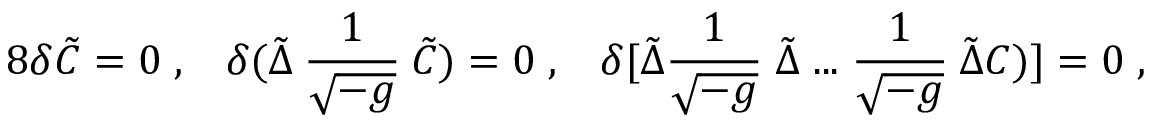
8 \delta \tilde { C } = 0 \; , \; \; \; \delta ( \tilde { \Delta } \: \frac { 1 } { \sqrt { - g } } \: \tilde { C } ) = 0 \; , \; \; \; \delta [ \tilde { \Delta } \frac { 1 } { \sqrt { - g } } \; \tilde { \Delta } \; . . . \; \frac { 1 } { \sqrt { - g } } \: \tilde { \Delta } C ) ] = 0 \; ,